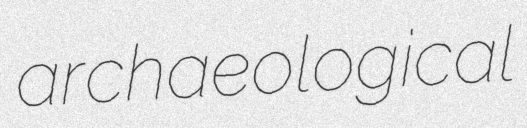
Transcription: archaeological